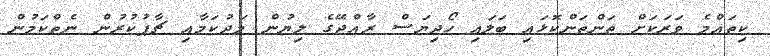
ކިތައްމެ ވަރަކަށް ތަންތަންކޮޅައި ބަލައި ހޯދިޔަސް ރާއްޖޭގެ ލިޔުން މަދުކަމާއި ޗާޕުކުރުން ނެތްކަމުން